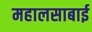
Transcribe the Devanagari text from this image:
महालसाबाई